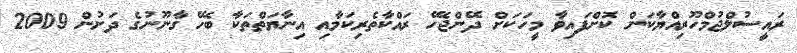
ރައީސުލްޖުމްހޫރިއްޔާކަން ކޮށްފައިވާ މީހަަކަށް ދޭންޖެހޭ ރައްކާތެރިކަމާއި އިނާޔަތްތަކާ ބެހޭ ގާނޫނުގެ ދަށުން 2009